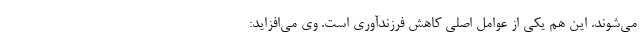
می‌شوند. این هم یکی از عوامل اصلی کاهش فرزندآوری است. وی می‌افزاید: